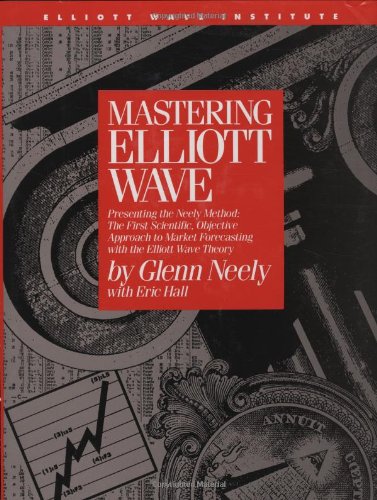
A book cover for Mastering Elliott Wave: Presenting the Neely Method: The First Scientific, Objective Approach to Market Forecasting with the Elliott Wave Theory (version 2); Glenn Neely; Science & Math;